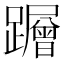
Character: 𮜠